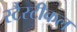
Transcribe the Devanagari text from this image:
स्टैस्टीकल